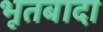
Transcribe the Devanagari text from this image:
भूतबादा